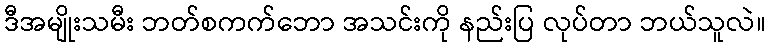
ဒီအမျိုးသမီး ဘတ်စကက်ဘော အသင်းကို နည်းပြ လုပ်တာ ဘယ်သူလဲ။